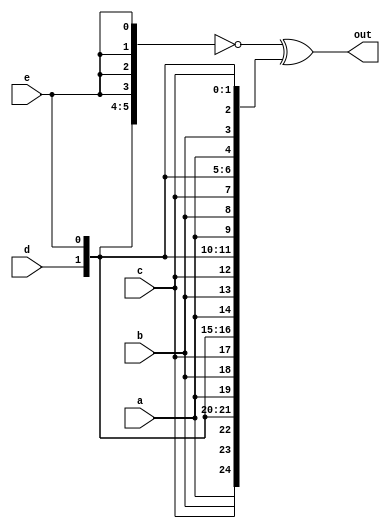
module top_module (
    input a, b, c, d, e,
    output [24:0] out );//

    wire [24:0] top, bottom;
	assign top    = { {5{a}}, {5{b}}, {5{c}}, {5{d}}, {5{e}} };
	assign bottom = {5{a,b,c,d,e}};
	assign out = ~top ^ bottom;	// Bitwise XNOR

	// This could be done on one line:
	// assign out = ~{ {5{a}}, {5{b}}, {5{c}}, {5{d}}, {5{e}} } ^ {5{a,b,c,d,e}};

endmodule